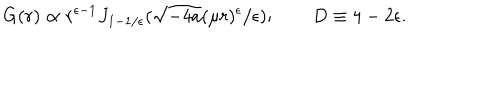
G ( r ) \propto r ^ { \epsilon - 1 } J _ { 1 - 1 / \epsilon } ( \sqrt { - 4 a } ( \mu r ) ^ { \epsilon } / \epsilon ) ; \qquad D \equiv 4 - 2 \epsilon .